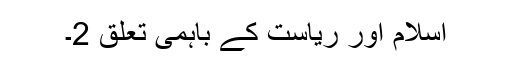
اسلام اور ریاست کے باہمی تعلق 2۔